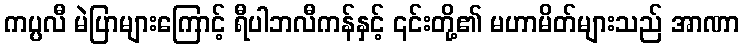
ကပ္ပလီ မဲပြာများကြောင့် ရီပါဘလီကန်နှင့် ၎င်းတို့၏ မဟာမိတ်များသည် အာဏာ